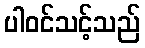
ပါဝင်သင့်သည်